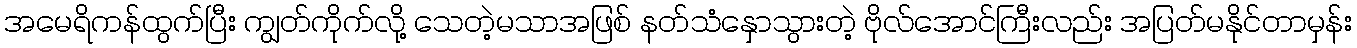
အမေရိကန်ထွက်ပြီး ကျွတ်ကိုက်လို့ သေတဲ့မသာအဖြစ် နတ်သံနှောသွားတဲ့ ဗိုလ်အောင်ကြီးလည်း အပြတ်မနိုင်တာမှန်း